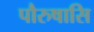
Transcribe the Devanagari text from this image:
पौरुषासि